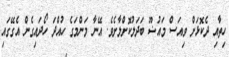
ހިތާއި ދެކޮޅަށް ވިއަސް މައުޟޫ ބަދަލުކޮށްލާށެވެ. އޭނާ މަންމަގެ ހުއްދަ ހޯދައިގެން އެގޭގައި